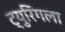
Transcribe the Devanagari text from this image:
ट्युरिंगला